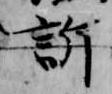
訴